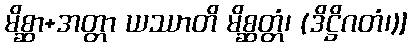
မိစ္ဆာ+အတ္တာ ယဿာတိ မိစ္ဆတ္တံ၊ (ဒိဋ္ဌိဂတံ၊)]